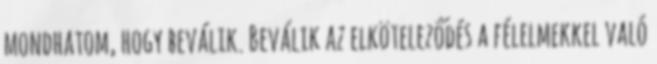
mondhatom, hogy beválik. Beválik az elköteleződés a félelmekkel való